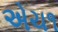
એચ૧